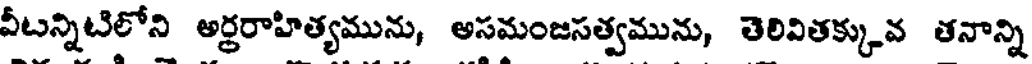
వీటన్నిటిలోని అర్ధరాహిత్యమును, అసమంజసత్వమును, తెలివితక్కువ తనాన్ని